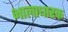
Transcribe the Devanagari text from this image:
भालाधारक